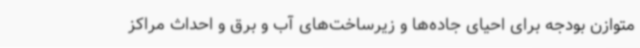
متوازن بودجه برای احیای جاده‌ها و زیرساخت‌های آب و برق و احداث مراکز